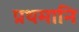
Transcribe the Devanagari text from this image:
प्रथमानि